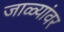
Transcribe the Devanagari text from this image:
जाळ्यांवर